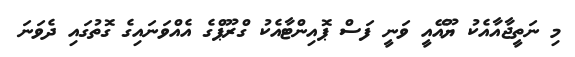
މި ނަތީޖާއާއެކު ޔޫއޭއީ ވަނީ ފަސް ޕޮއިންޓާއެކު ގްރޫޕްގެ އެއްވަނައިގެ ގޮތުގައި ދެވަނަ